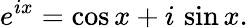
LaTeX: e^{ix}=\cos x+i\, \sin x.